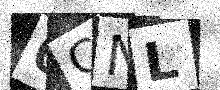
Text: 0CNL